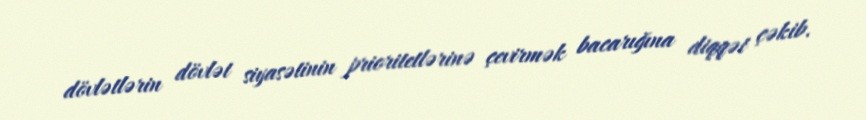
dövlətlərin dövlət siyasətinin prioritetlərinə çevirmək bacarığına diqqət çəkib.